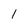
Character: 1